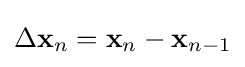
\Delta \mathbf {x} _{n}=\mathbf {x} _{n}-\mathbf {x} _{n-1}